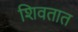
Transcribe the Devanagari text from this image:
शिवतात